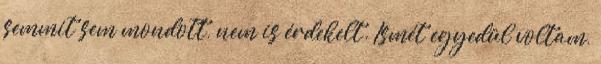
semmit sem mondott, nem is érdekelt. Ismét egyedül voltam,